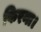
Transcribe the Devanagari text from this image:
फिरना।